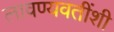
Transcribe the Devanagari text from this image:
लावण्यवतींशी